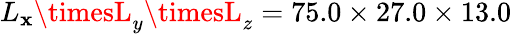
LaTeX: L_{\mathbf{x}}\timesL_{y}\timesL_{z}=75.0\times27.0\times13.0